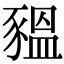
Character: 豱